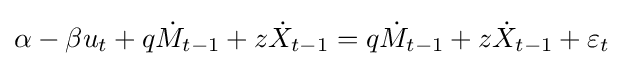
\alpha -\beta u_{t}+q{\dot {M}}_{t-1}+z{\dot {X}}_{t-1}=q{\dot {M}}_{t-1}+z{\dot {X}}_{t-1}+\varepsilon _{t}